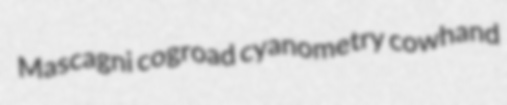
Mascagni cogroad cyanometry cowhand